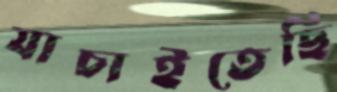
যাচাইতেছি